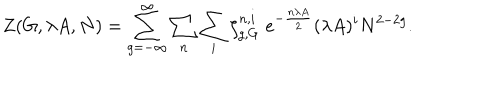
Z ( G , \lambda A , N ) = \sum _ { g = - \infty } ^ { \infty } \sum _ { n } \sum _ { i } \zeta _ { g , G } ^ { n , i } \; e ^ { - { \frac { n \lambda A } { 2 } } } ( \lambda A ) ^ { i } N ^ { 2 - 2 g } .